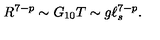
R ^ { 7 - p } \sim G _ { 1 0 } T \sim g \ell _ { s } ^ { 7 - p } .